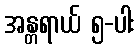
အန္တရာယ် ၅-ပါး